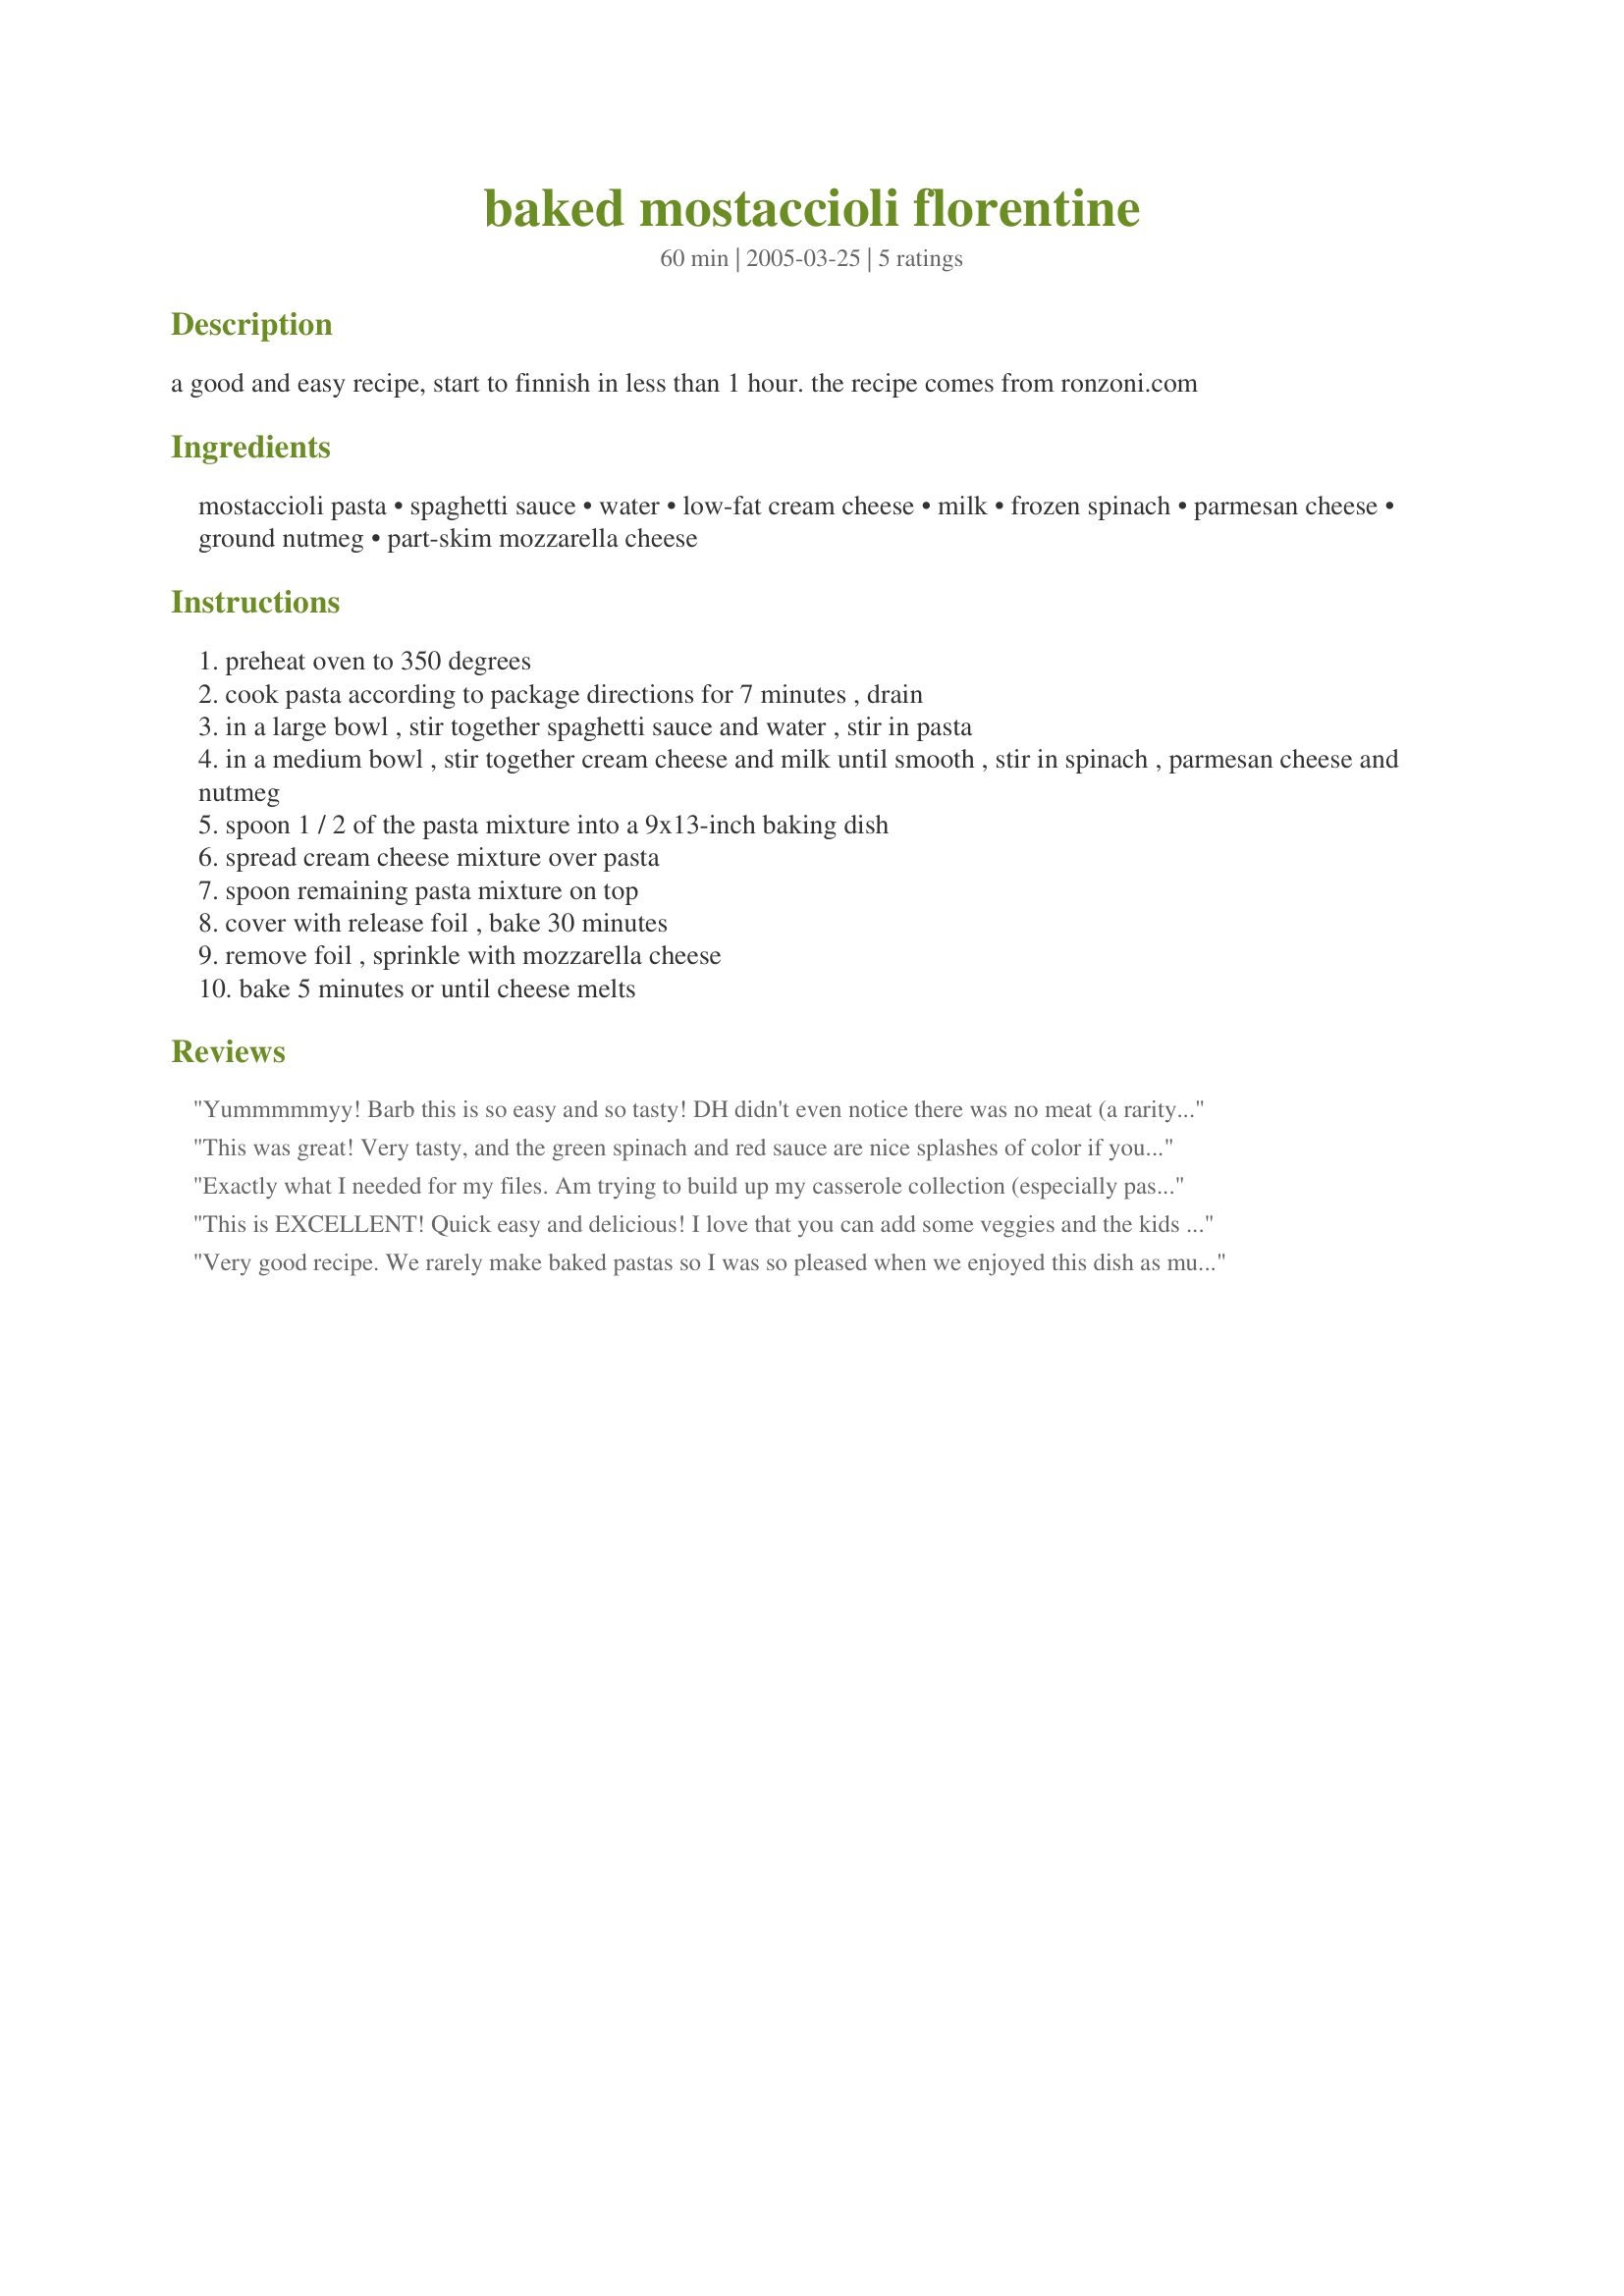
baked mostaccioli florentine
Preparation time: 60 minutes

a good and easy recipe, start to finnish in less than 1 hour. the recipe comes from ronzoni.com

Ingredients:
mostaccioli pasta, spaghetti sauce, water, low-fat cream cheese, milk, frozen spinach, parmesan cheese, ground nutmeg, part-skim mozzarella cheese

Steps:
preheat oven to 350 degrees
cook pasta according to package directions for 7 minutes , drain
in a large bowl , stir together spaghetti sauce and water , stir in pasta
in a medium bowl , stir together cream cheese and milk until smooth , stir in spinach , parmesan cheese and nutmeg
spoon 1 / 2 of the pasta mixture into a 9x13-inch baking dish
spread cream cheese mixture over pasta
spoon remaining pasta mixture on top
cover with release foil , bake 30 minutes
remove foil , sprinkle with mozzarella cheese
bake 5 minutes or until cheese melts

Reviews:
Yummmmmyy! Barb this is so easy and so tasty! DH didn't even notice there was no meat (a rarity lol!). I realized after I started making it that I only had 4 ounces of cream cheese, so I used heavy cream instead of milk (about 1 cup) and added some mozzarella to the cream cheese mixture and it turned out great! Very tasty and fulfilling dinner, not to mention so easy!
A definite keeper here! Thanks for sharing!
This was great! Very tasty, and the green spinach and red sauce are nice splashes of color if you bake it in a glass baking dish. 
Also, it's not on Ronzoni.com anymore so thanks for having it easily accessible here!
Exactly what I needed for my files. Am trying to build up my casserole collection (especially pasta ones). This is great - thanks for submitting.
This is EXCELLENT! Quick easy and delicious! I love that you can add some veggies and the kids don't even notice. Creamy and cheesy!
THANK YOU BARB!
Very good recipe. We rarely make baked pastas so I was so pleased when we enjoyed this dish as much as we did. The flavours are really good together and I found it just the right amount of creamy mixture. I measure my pasta in oz, for this one I used 5 oz.
